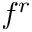
f ^ { r }